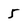
Character: 5